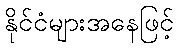
နိုင်ငံများအနေဖြင့်